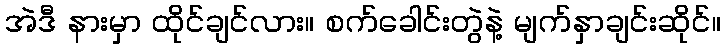
အဲဒီ နားမှာ ထိုင်ချင်လား။ စက်ခေါင်းတွဲနဲ့ မျက်နှာချင်းဆိုင်။